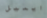
ايميل